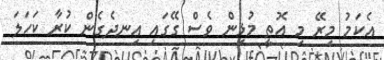
އެކަމު މިރޭ މި އޮތީ މުޅިން ވެސް ގޭގައި އިނދެގެން ކުރާ ކަހަލަ